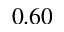
0 . 6 0